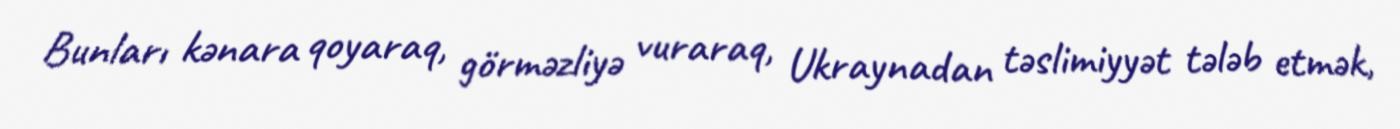
Bunları kənara qoyaraq, görməzliyə vuraraq, Ukraynadan təslimiyyət tələb etmək,